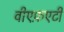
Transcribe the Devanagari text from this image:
वीएफ़एटी